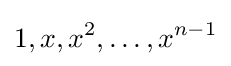
1,x,x^{2},\ldots ,x^{n-1}